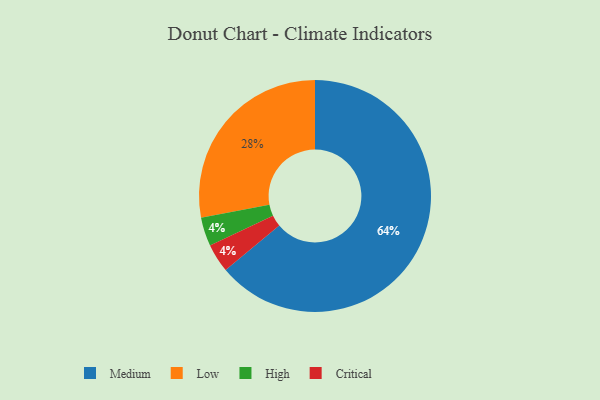
{"axis": {"x": "Category", "y": "Percentage"}, "legend": ["Critical", "High", "Low", "Medium"], "data": [{"x": "Low", "y": 28, "type": "Low"}, {"x": "Medium", "y": 64, "type": "Medium"}, {"x": "High", "y": 4, "type": "High"}, {"x": "Critical", "y": 4, "type": "Critical"}]}